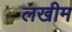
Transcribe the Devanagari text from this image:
लखीम